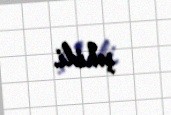
şəhidi.